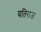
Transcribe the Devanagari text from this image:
यतिराज